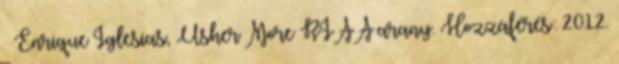
↑ Enrique Iglesias, Usher More RIAA arany. Hozzáférés: 2012.